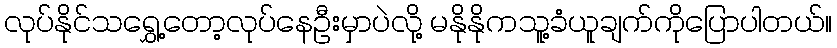
လုပ်နိုင်သရွှေ့တော့လုပ်နေဦးမှာပဲလို့ မနိုနိုကသူ့ခံယူချက်ကိုပြောပါတယ်။